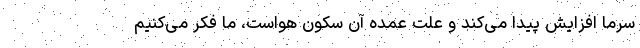
سرما افزایش پیدا می‌کند و علت عمده آن سکون هواست، ما فکر می‌کنیم